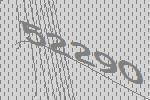
52290